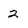
Character: 2